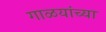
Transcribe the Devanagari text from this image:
गाळयांच्या